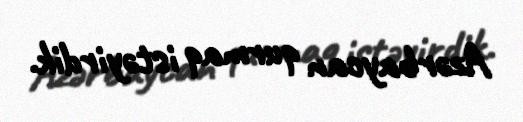
Azərbaycan qurmaq istəyirdik.